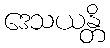
ဒေသယန္တိ